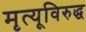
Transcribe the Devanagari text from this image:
मृत्यूविरुद्ध